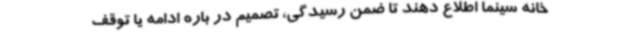
خانه سینما اطلاع دهند تا ضمن رسیدگی، تصمیم در باره ادامه یا توقف